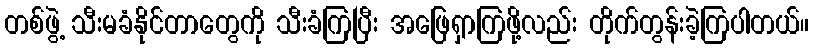
တစ်ဖွဲ့ သီးမခံနိုင်တာတွေကို သီးခံကြပြီး အဖြေရှာကြဖို့လည်း တိုက်တွန်းခဲ့ကြပါတယ်။